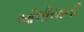
ઔલીયાની